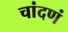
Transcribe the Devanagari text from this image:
चांदणं